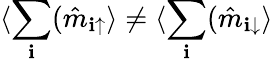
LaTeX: \langle\sum_{\mathbf{i}}(\hat{{m}}_{\mathbf{i}\uparrow}\rangle\ne\langle\sum_{\mathbf{i}}(\hat{{m}}_{\mathbf{i}\downarrow}\rangle